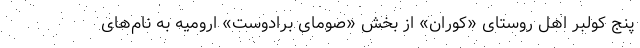
پنج کولبر اهل روستای «کوران» از بخش «صومای برادوست» ارومیه به نام‌های